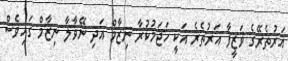
އަރުތެރޭގެ ވަޒީފާ އަރުތެރެ އަކީ ހަޖަމުކުރާ ނިޒާމް އަދި ނޭވާލާ ނިޒާމް ގައިވެސް